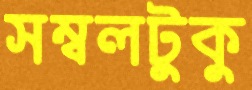
সম্বলটুকু